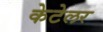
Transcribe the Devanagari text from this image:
केटेलर